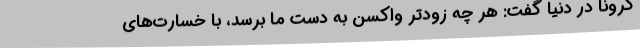
کرونا در دنیا گفت: هر چه زودتر واکسن به دست ما برسد، با خسارت‌های